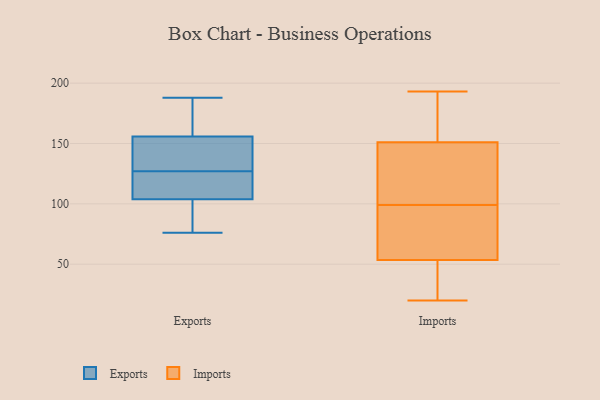
{"axis": {"x": "Tickets Resolved", "y": "Value"}, "legend": ["Exports", "Imports"], "data": [{"x": "", "y": 116, "type": "Exports"}, {"x": "", "y": 146, "type": "Exports"}, {"x": "", "y": 185, "type": "Exports"}, {"x": "", "y": 99, "type": "Exports"}, {"x": "", "y": 188, "type": "Exports"}, {"x": "", "y": 131, "type": "Exports"}, {"x": "", "y": 103, "type": "Exports"}, {"x": "", "y": 76, "type": "Exports"}, {"x": "", "y": 127, "type": "Exports"}, {"x": "", "y": 106, "type": "Exports"}, {"x": "", "y": 159, "type": "Exports"}, {"x": "", "y": 52, "type": "Imports"}, {"x": "", "y": 186, "type": "Imports"}, {"x": "", "y": 151, "type": "Imports"}, {"x": "", "y": 63, "type": "Imports"}, {"x": "", "y": 151, "type": "Imports"}, {"x": "", "y": 94, "type": "Imports"}, {"x": "", "y": 44, "type": "Imports"}, {"x": "", "y": 147, "type": "Imports"}, {"x": "", "y": 115, "type": "Imports"}, {"x": "", "y": 99, "type": "Imports"}, {"x": "", "y": 71, "type": "Imports"}, {"x": "", "y": 151, "type": "Imports"}, {"x": "", "y": 54, "type": "Imports"}, {"x": "", "y": 193, "type": "Imports"}, {"x": "", "y": 108, "type": "Imports"}, {"x": "", "y": 20, "type": "Imports"}, {"x": "", "y": 31, "type": "Imports"}]}